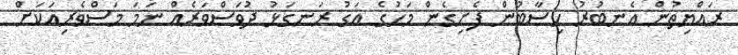
ރައްޔިތުން އެނބުރު ހިސާބުން ފެށިގެން މަހުގެ އަގު ރަނގަޅު ދުވަސްވަރެއް ނަމަ މަސްވެރިއަކަށް